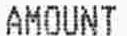
AMOUNT